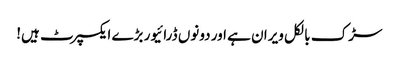
سڑک بالکل ویران ہے اور دونوں ڈرائیور بڑے ایکسپرٹ ہیں!